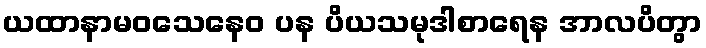
ယထာနာမဝသေနေဝ ပန ပိယသမုဒါစာရေန အာလပိတွာ